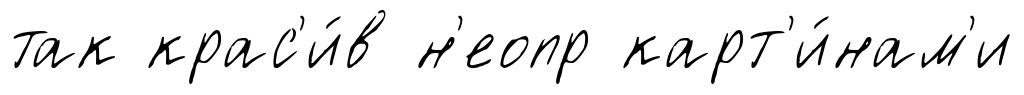
так крас'и́в н'еопр карт'и́нам'и